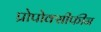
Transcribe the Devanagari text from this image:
प्रोपोक्सीफीन